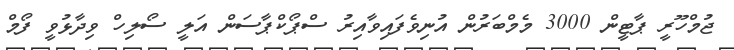
ޖުމްހޫރީ ޕާޓީން 3000 މެމްބަރުން އުނިވެފައިވާއިރު ސްޕޯކްޕާސަން އަލީ ސޯލިހް ވިދާޅުވީ ފޯމް